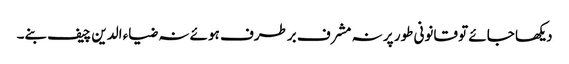
دیکھا جائے تو قانونی طور پر نہ مشرف برطرف ہوئے نہ ضیاء الدین چیف بنے۔